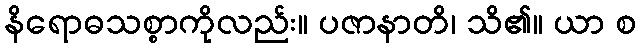
နိရောဓသစ္စာကိုလည်း။ ပဇာနာတိ၊ သိ၏။ ယာ စ